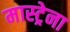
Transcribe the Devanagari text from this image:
मास्ट्रेना